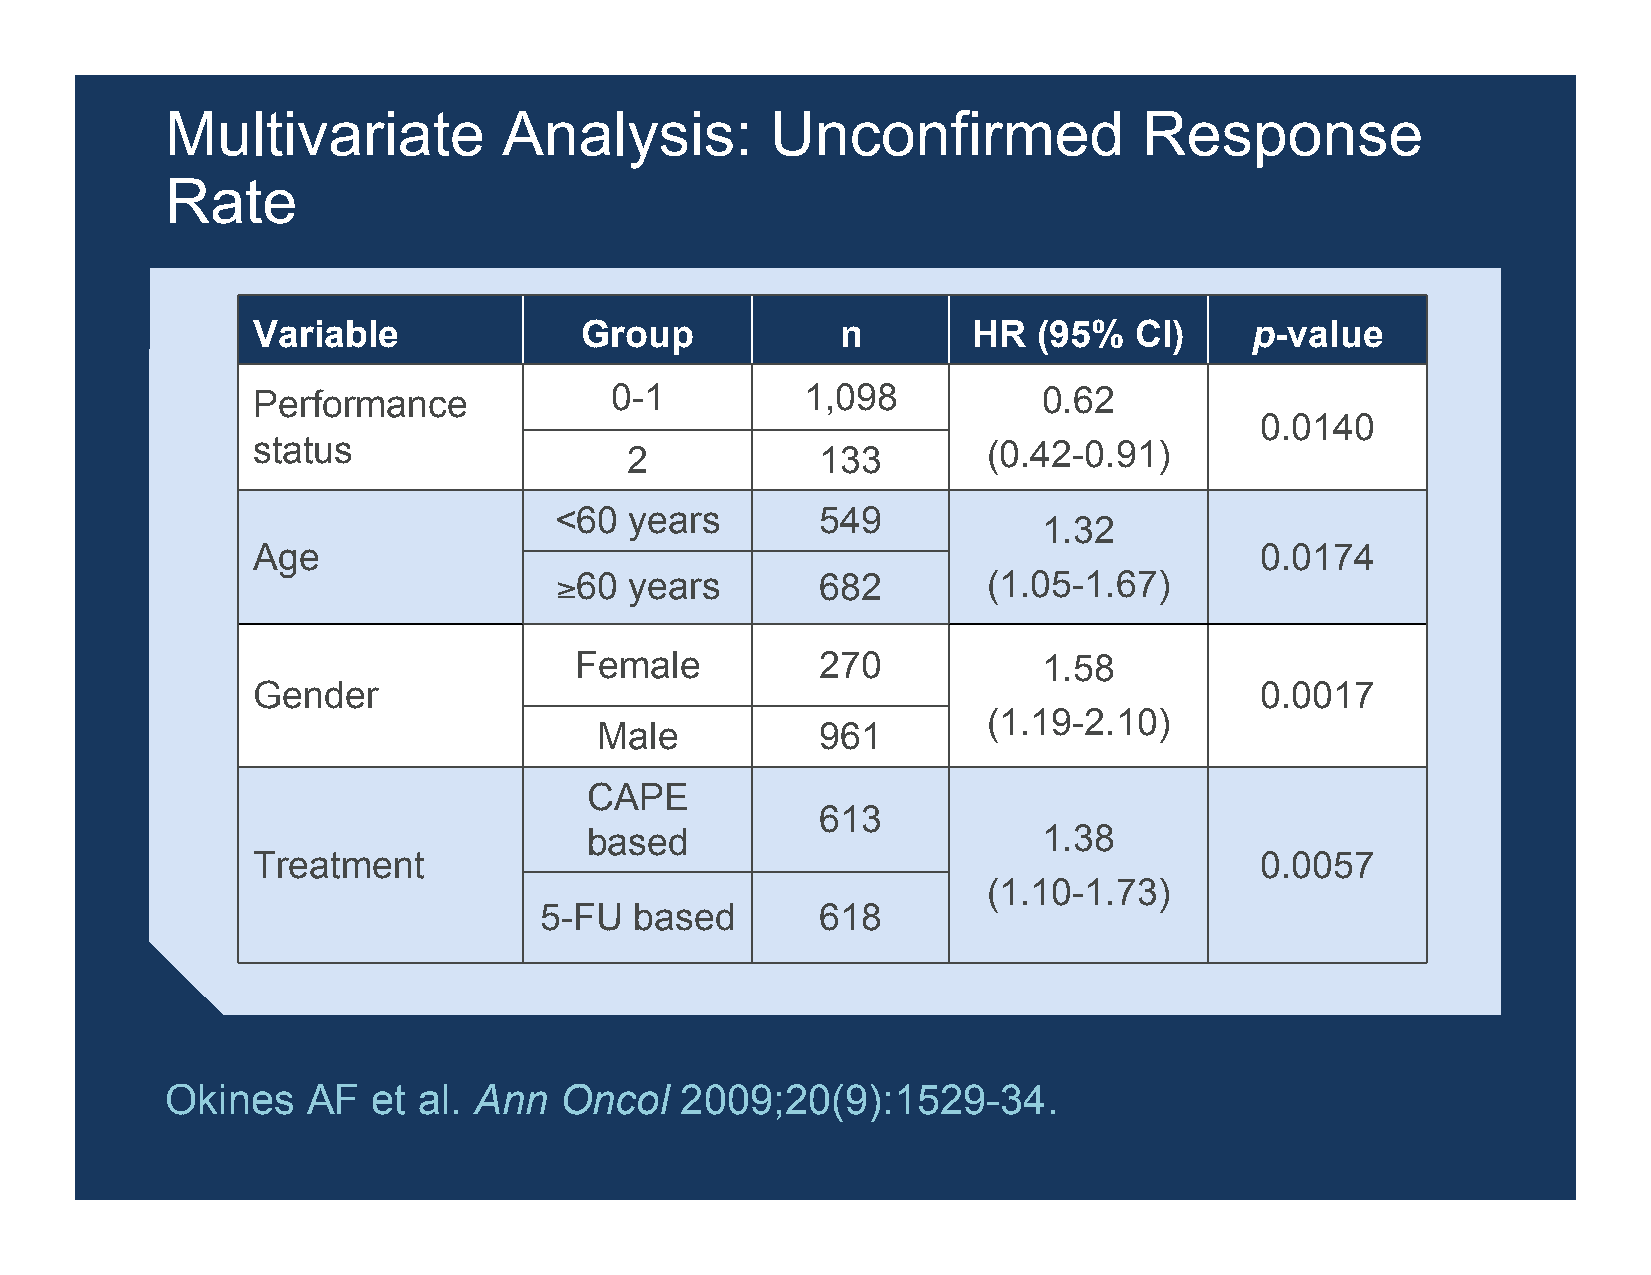
Multivariate          Analysis:         Unconfirmed              Response
 Rate
 Variable             Group             n       HR   (95%  CI)     p-value
 Performance            0-1          1,098           0.62
 0.0140
 status                                          (0.42-0.91)
 2           133
 <60  years       549
 1.32
 Age                                                               0.0174
 ≥60  years       682        (1.05-1.67)
 Female          270            1.58
 Gender                                                            0.0017
 (1.19-2.10)
 Male          961
 CAPE
 613
 based                         1.38
 Treatment                                                         0.0057
 (1.10-1.73)
 5-FU  based       618
 Okines   AF   et al. Ann  Oncol   2009;20(9):1529-34.